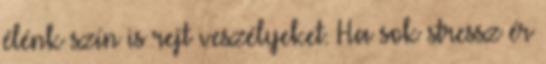
élénk szín is rejt veszélyeket. Ha sok stressz ér